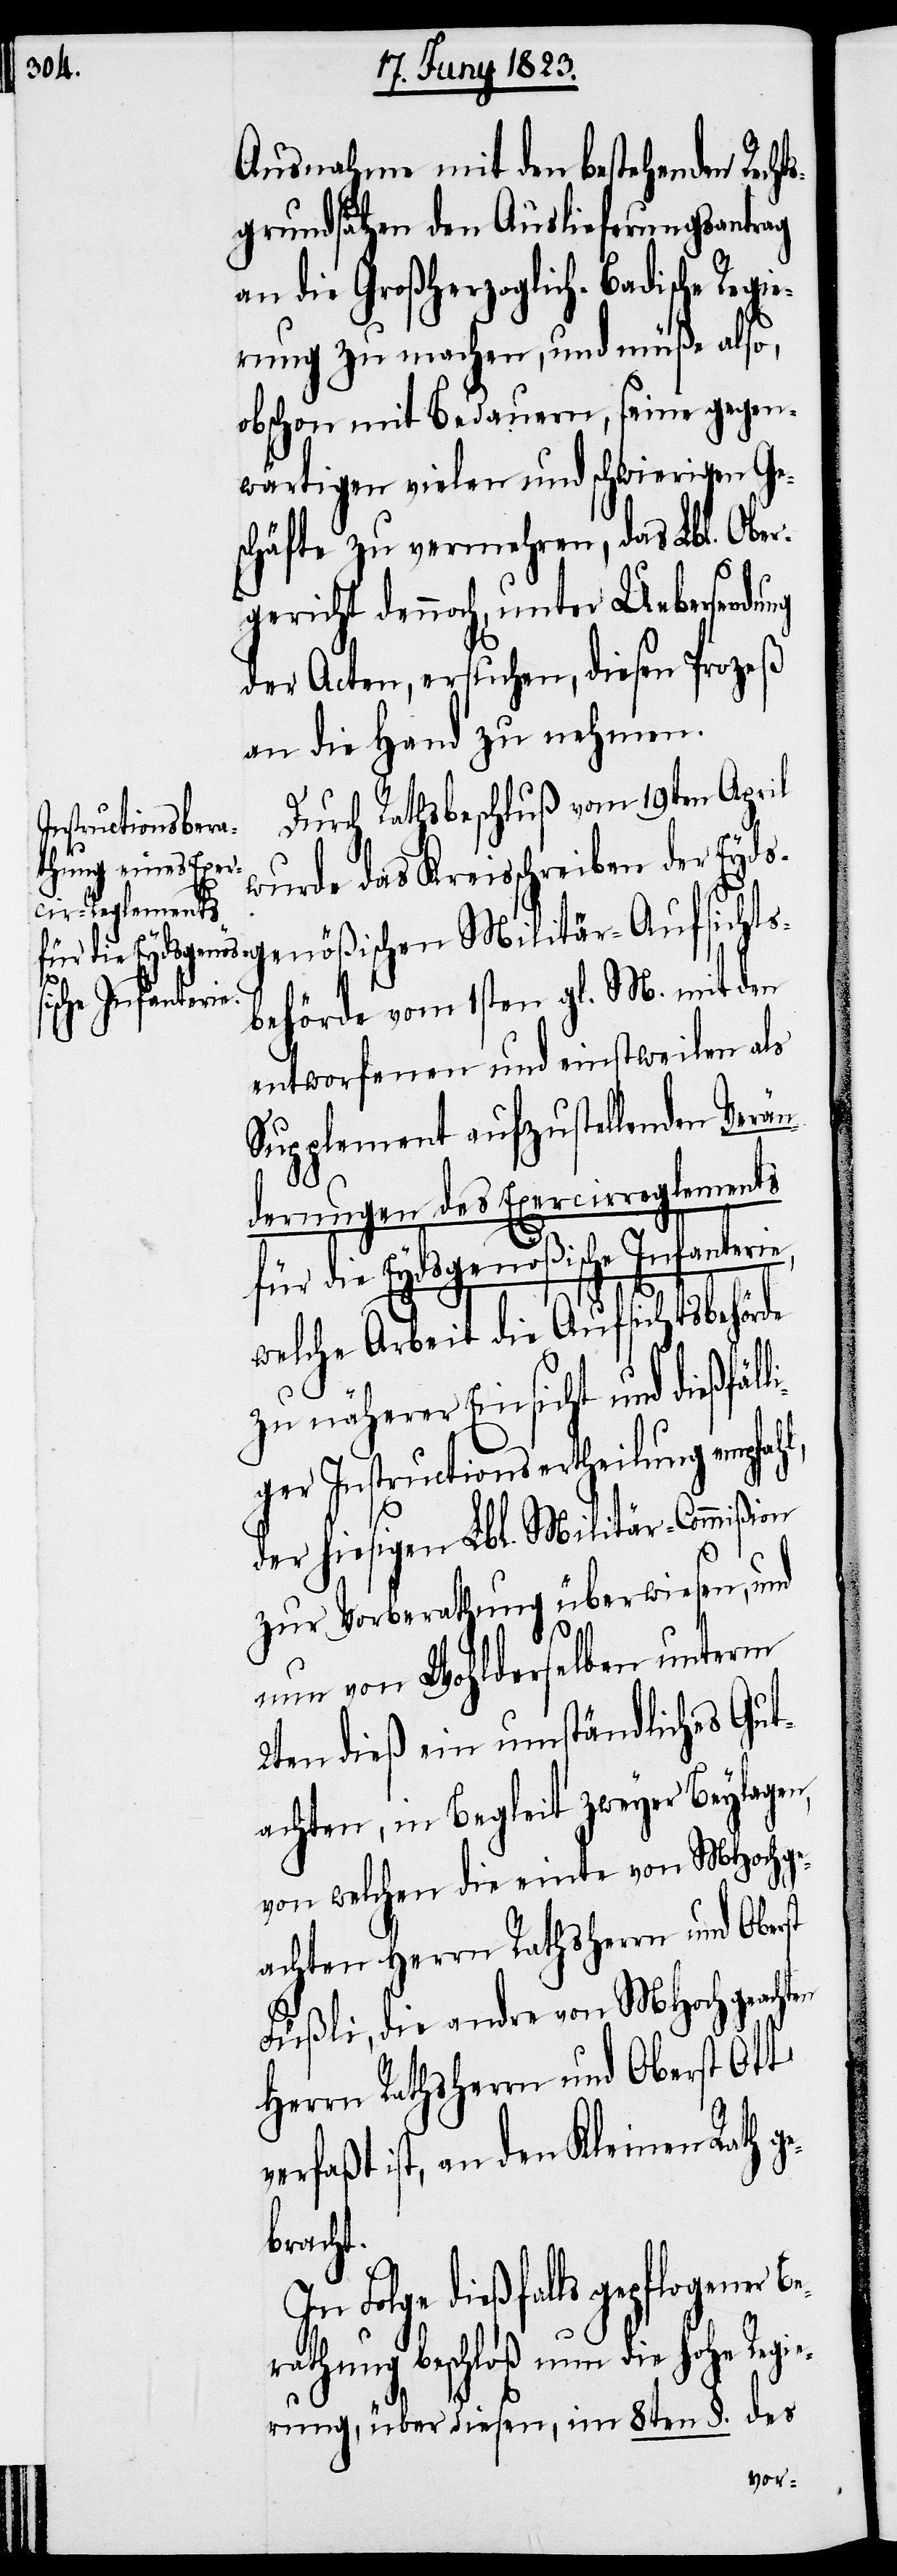
Ausnahme mit den bestehenden Recht¬
sgrundsätzen den Auslieferungsantrag
an die Großherzoglich-Badische Regie¬
rung zu machen, und müße also,
obschon mit Bedauern, seine gegen¬
wärtigen vielen und schwierigen Ge¬
schäfte zu vermehren, das Lbl. Ober¬
gericht dennoch, unter Uebersendung
der Acten, ersuchen, diesen Prozeß
an die Hand zu nehmen.
Durch Rathsbeschluß vom 19ten April
wurde das Kreisschreiben de¬
r Eydsgenößischen Militär-Aufsichts¬
sche Infanterie,
behörde vom 1sten gl. M. mit den
entworfenen und einstweilen als
Supplement aufzustellenden Verän¬
derungen des Exercirreglements
für die Eydsgenößi¬
welche Arbeit die Aufsichtsbehörde
zu näherer Einsicht und dießfäl¬
liger Instructionsertheilung empfahl,
der hiesigen Lbl. Militär-Commißion
zur Vorberathung überwiesen, und
nun von Wohlderselben unterm
2ten dieß ein umständliches Gut¬
achten, in Begleit zweyer Beylagen,
von welchen die einte von MHochge¬
achten Herrn Rathsherrn und Oberst
Füßli, die andre von MHochgeachten
Herrn Rathsherrn und Oberst Ott
verfaßt ist, an den Kleinen Rath g¬
ebracht.
Folge dießfalls gepflogener
athung beschloß nun die hohe R¬
egierung, über diesen, im 8ten §. des
Ber¬